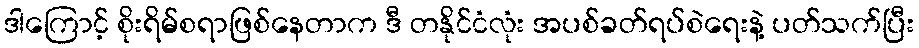
ဒါကြောင့် စိုးရိမ်စရာဖြစ်နေတာက ဒီ တနိုင်ငံလုံး အပစ်ခတ်ရပ်စဲရေးနဲ့ ပတ်သက်ပြီး